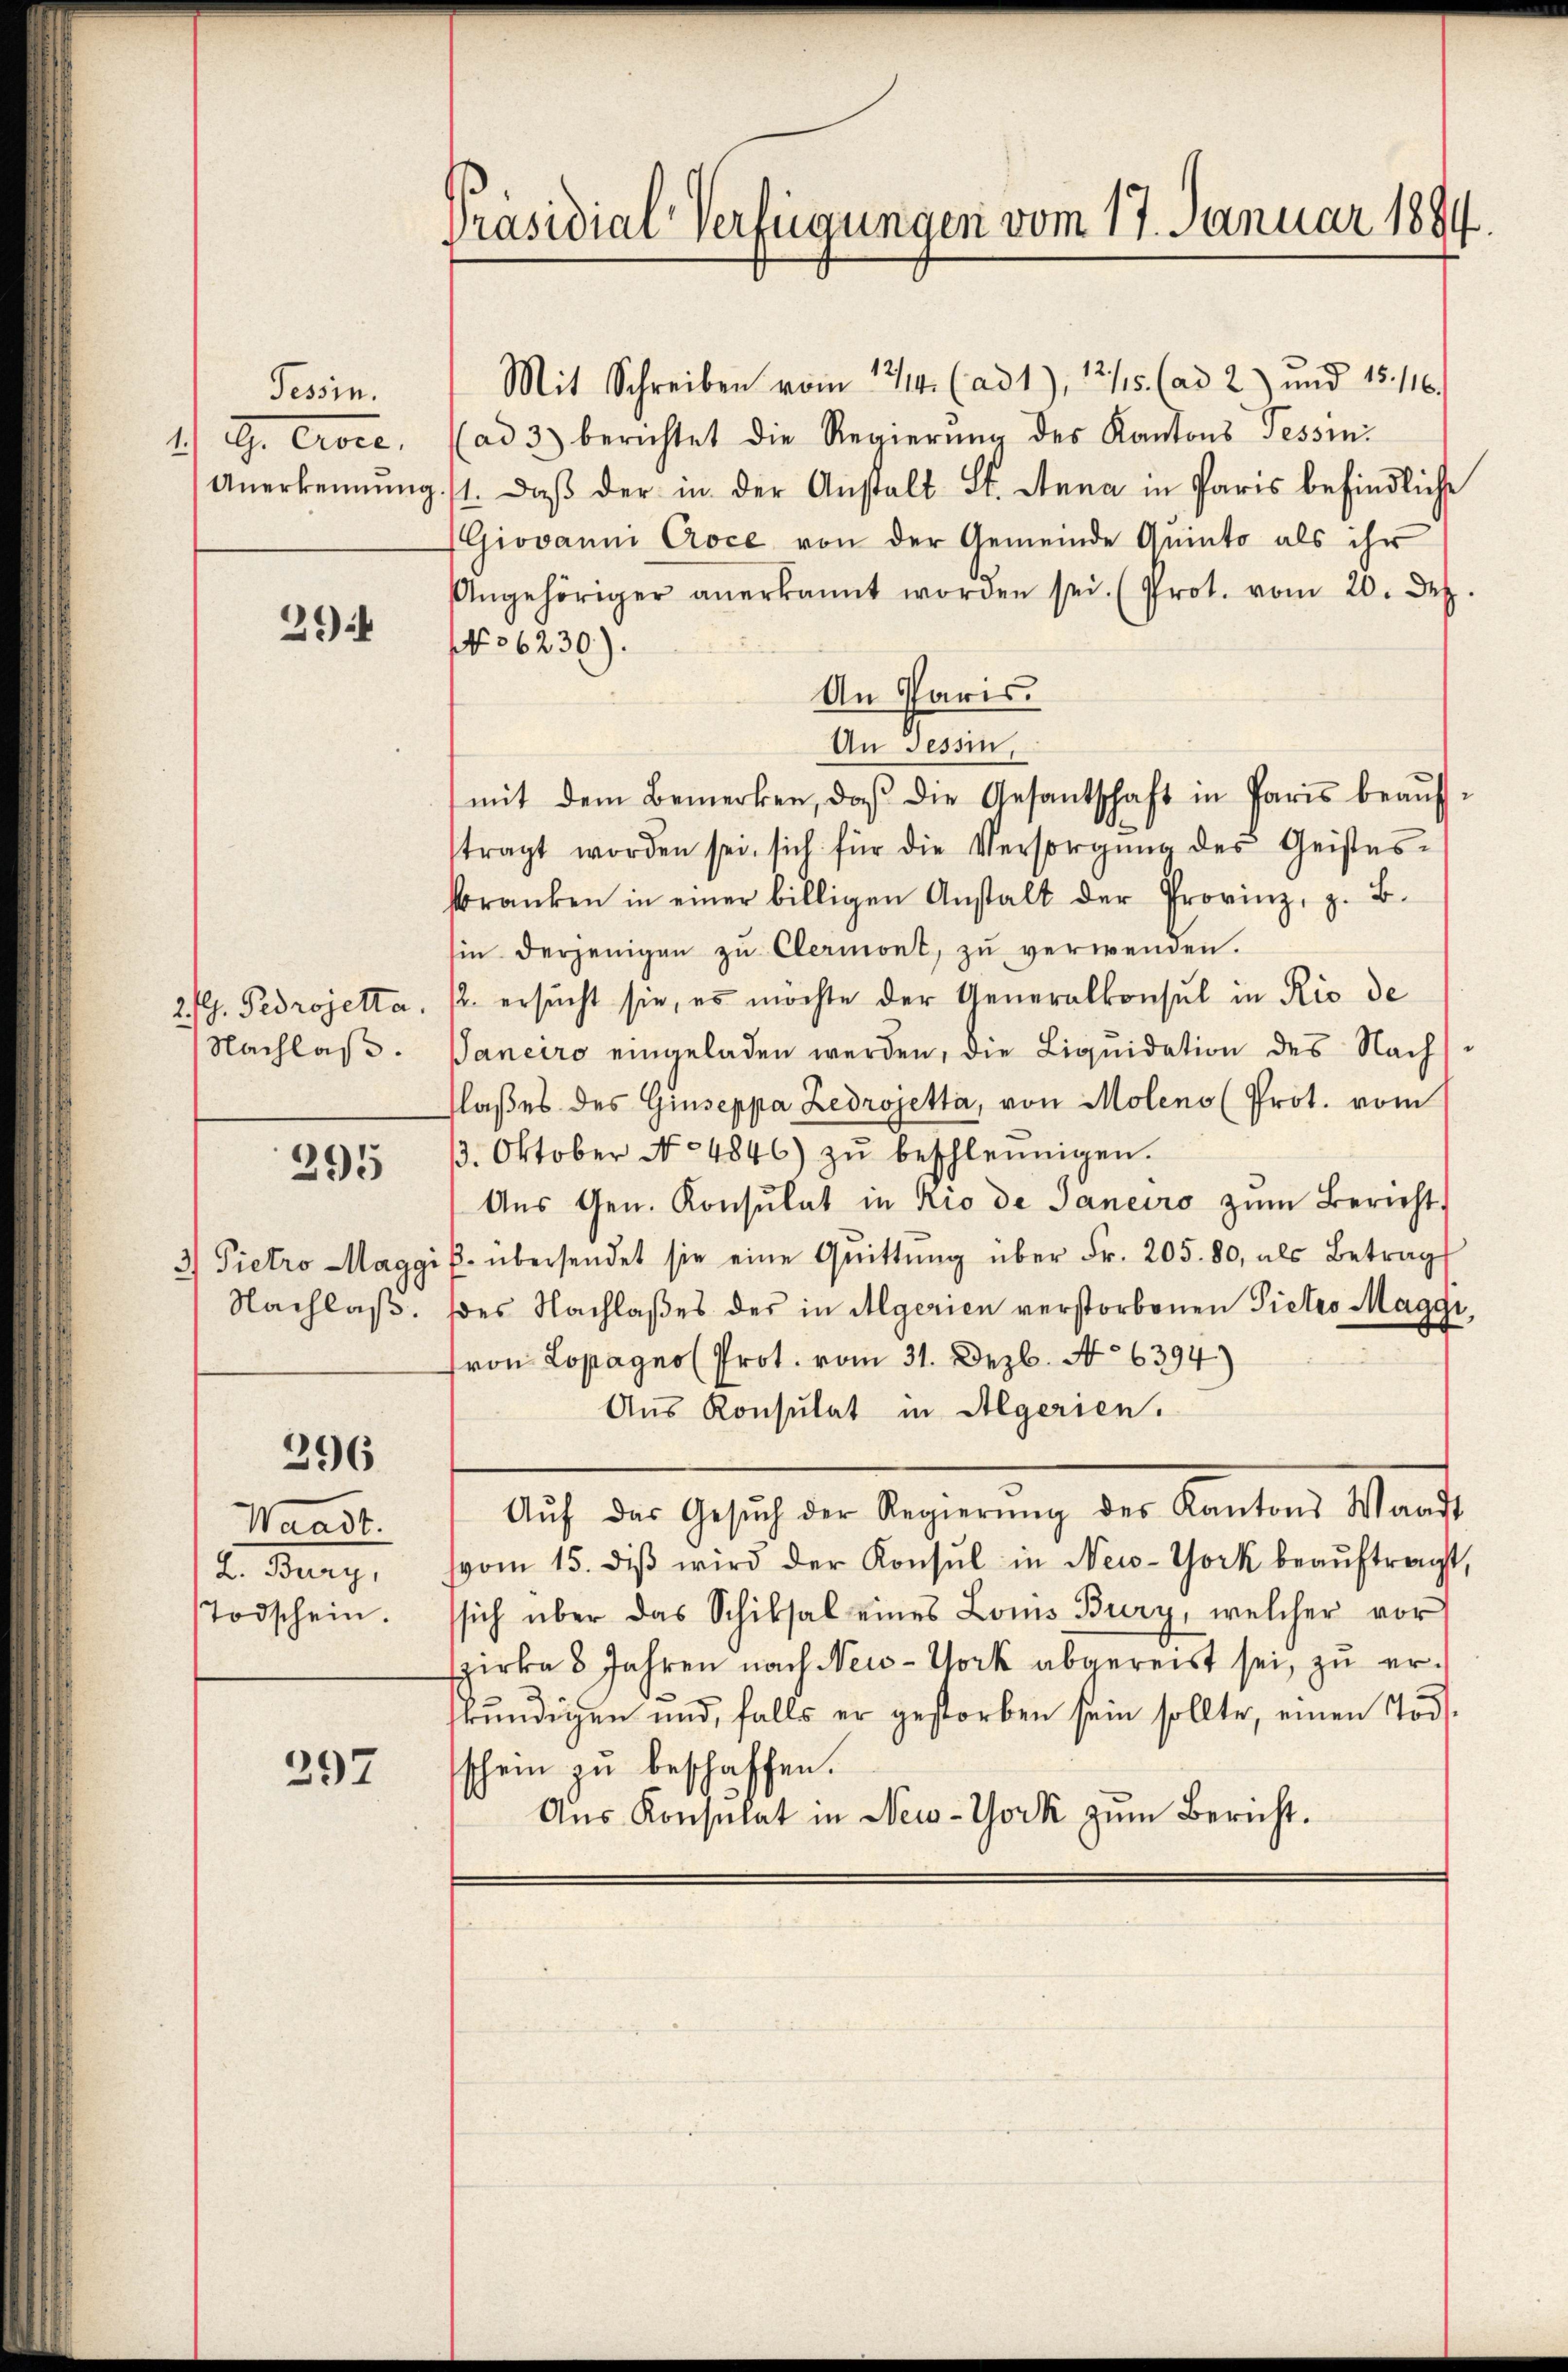
Tessin.
1) G. Crone.

294

2. fl. Pedrojetta.
Nachlaß.

295

3) Pietro Maggi
Nachlaß.

296

Waadt.
L. Bury,
Todschein.

297

Präsidial-Verfügungen vom 17. Januar 1884.

Mit Schreiben vom 17/14. (ad1), 12/5. (ad 2) und 15. 116.
(ad 3) berichtet die Regierŭng des Kantons Tessin¬
Anerkennung 11. daβ der in der Anstalt St. Stana in Paris befindliche
Giovanni Coce von der Gemeinde Quinto als ihr
Angehöriger anerkannt worden sei. (Prot. vom 20. Dez
NN 56230).
An Paris.
An Tessin,
mit dem Bemerken, daβ die Gesantschaft in Paris beaŭf
tragt worden sei, sich für die Versorgŭng des Geistes-
kranken in einer billigen Anstalt der Provinz, z. B.
hin derjenigen zŭ Clermont, zu verwenden.
12. ersucht sie, es möchte der Generalkonsul in Rio de
Janeiro eingeladen werden, die Liquidation des Nach
(laßes des Giuseppa Zedrojetta, von Molens (Prot. vom
3. Oktober No 4846) zŭ beschleunigen.
Aŭs Gen. Konsulat in Rio de Janeiro zŭm Bericht
. übersendet sie eine Qŭittŭng über Fr. 205. 80, als Betrag
des Nachlaßes des in Algerien verstorbenen Pietro Maggi
von Lopagno (Prot. vom 31. Dezb. No 6394)
Aus Konsulat in Algerien.
Aŭf das Gesŭch der Regierŭng des Kantons Waadt
vom 15. diβ wird der Konsul in New-York beaŭftragt
sich über das Schiksal eines Louis Bury, welcher vor
szirka 8 Jahren nach New-York abgereist sei, zu erkundigen und, falls er gestorben sein sollte, einen Tod.
schein zu beschaffen.
Aŭs Konsulat in New-York zum Bericht.